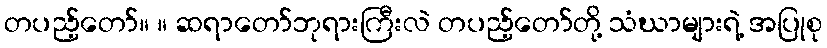
တပည့်တော်။ ။ ဆရာတော်ဘုရားကြီးလဲ တပည့်တော်တို့ သံဃာများရဲ့ အပြုစု